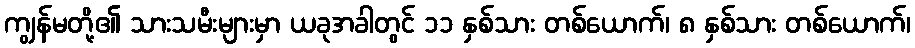
ကျွန်မတို့၏ သားသမီးများမှာ ယခုအခါတွင် ၁၁ နှစ်သား တစ်ယောက်၊ ၈ နှစ်သား တစ်ယောက်၊